Indian journal of veterinary science and animal husbandry - Volumes 22-23, 1952-1953
Year: 1952
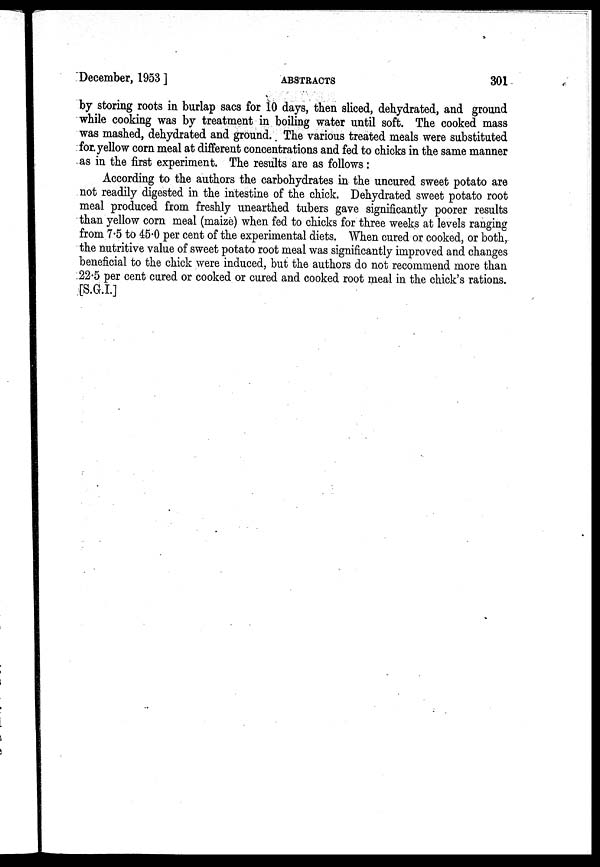
December, 1953]
ABSTRACTS
301
by storing roots in burlap sacs for 10 days, then sliced, dehydrated, and ground
while cooking was by treatment in boiling water until soft. The cooked mass
was mashed, dehydrated and ground. The various treated meals were substituted
for. yellow corn meal at different concentrations and fed to chicks in the same manner
as in the first experiment. The results are as follows:
According to the authors the carbohydrates in the uncured sweet potato are
not readily digested in the intestine of the chick. Dehydrated sweet potato root
meal produced from freshly unearthed tubers gave significantly poorer results
than yellow corn meal (maize) when fed to chicks for three weeks at levels ranging
from 7.5 to 45.0 per cent of the experimental diets. When cured or cooked, or both,
the nutritive value of sweet potato root meal was significantly improved and changes
beneficial to the chick were induced, but the authors do not recommend more than
22.5 per cent cured or cooked or cured and cooked root meal in the chick's rations.
[S.G.I.]